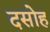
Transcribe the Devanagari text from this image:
दसोह